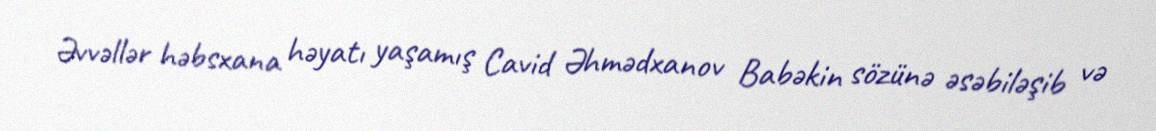
Əvvəllər həbsxana həyatı yaşamış Cavid Əhmədxanov Babəkin sözünə əsəbiləşib və